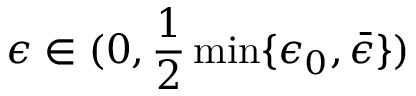
\epsilon \in ( 0 , \frac { 1 } { 2 } \operatorname* { m i n } \{ \epsilon _ { 0 } , \bar { \epsilon } \} )